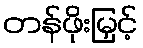
တန်ဖိုးမြှင့်